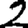
Digit: 2